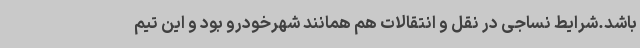
باشد.شرایط نساجی در نقل و انتقالات هم همانند شهرخودرو بود و این تیم